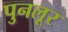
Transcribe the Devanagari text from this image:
पुनलूर